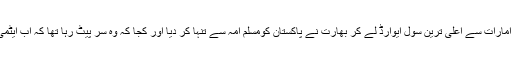
کجا وہ ڈینگیں ہانک رہا تھا کہ بحرین اور امارات سے اعلی ترین سول ایوارڈ لے کر بھارت نے پاکستان کومسلم امہ سے تنہا کر دیا اور کجا کہ وہ سر پیٹ رہا تھا کہ اب ایٹمی جنگ کے خطرے سے کیسے بچا جائے۔